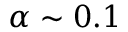
\alpha \sim 0 . 1